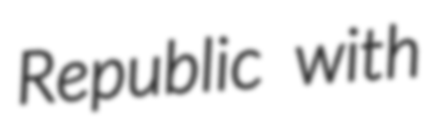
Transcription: Republic with